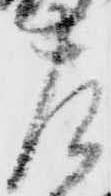
左